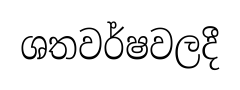
ශතවර්ෂවලදී